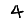
Digit: 4